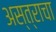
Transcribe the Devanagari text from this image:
अस्त्राचा